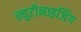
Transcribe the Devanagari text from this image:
ल्युटीनाइजिंग